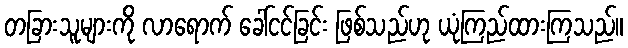
တခြားသူများကို လာရောက် ခေါ်ငင်ခြင်း ဖြစ်သည်ဟု ယုံကြည်ထားကြသည်။